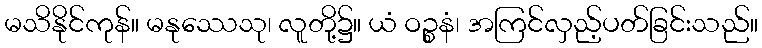
မသိနိုင်ကုန်။ မနုဿေသု၊ လူတို့၌။ ယံ ဝဉ္စနံ၊ အကြင်လှည့်ပတ်ခြင်းသည်။